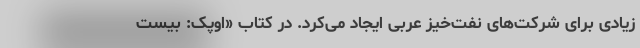
زیادی برای شرکت‌های نفت‌خیز عربی ایجاد می‌کرد. در کتاب «اوپک: بیست